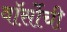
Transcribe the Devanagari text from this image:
वॉर्सोची